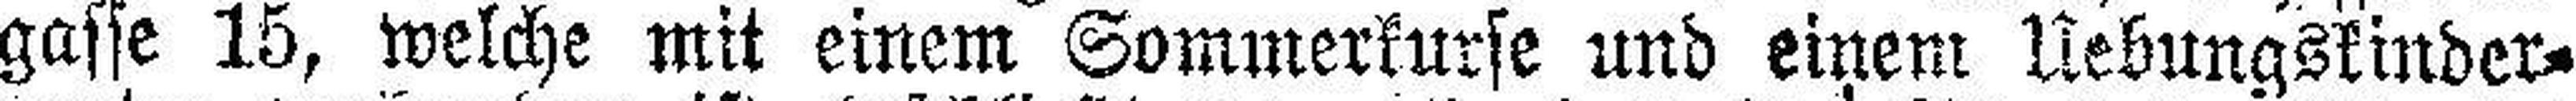
gasse 15, welche mit einem Sommerkurse und einem Uebungskinder¬